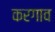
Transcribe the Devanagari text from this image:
करगाव